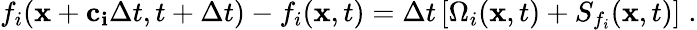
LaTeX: f_{i}(\mathbf{x}+\mathbf{c_{i}}\Delta t,t+\Delta t)-f_{i}(\mathbf{x},t)=\Delta t\left[\Omega_{i}(\mathbf{x},t)+S_{f_{i}}(\mathbf{x},t)\right]\; .